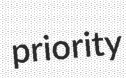
priority